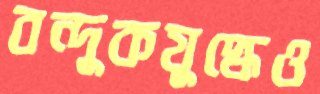
বন্দুকযুদ্ধেও